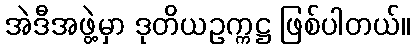
အဲဒီအဖွဲ့မှာ ဒုတိယဥက္ကဋ္ဌ ဖြစ်ပါတယ်။